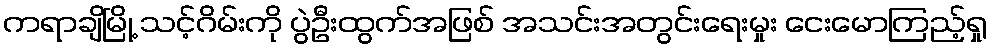
ကရာချိမြို့ သင့်ဂိမ်းကို ပွဲဦးထွက်အဖြစ် အသင်းအတွင်းရေးမှုး ငေးမောကြည့်ရှု